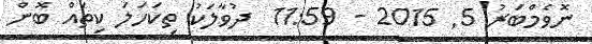
ނޮވެމްބަރު 5